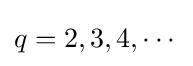
q=2,3,4,\cdots